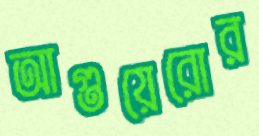
আগুয়েরোর